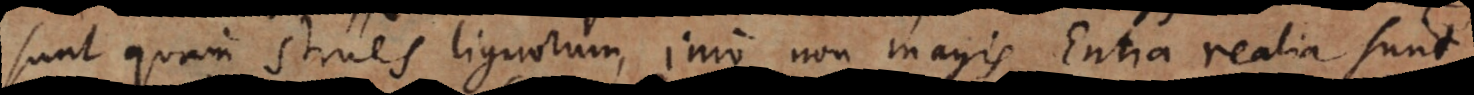
sunt quam strues lignorum, imo non magis Entia realia sunt,